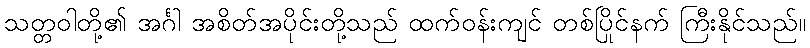
သတ္တဝါတို့၏ အင်္ဂါ အစိတ်အပိုင်းတို့သည် ထက်ဝန်းကျင် တစ်ပြိုင်နက် ကြီးနိုင်သည်။